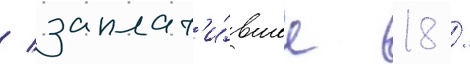
/ заплат'и́вшее 18 /